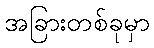
အခြားတစ်ခုမှာ